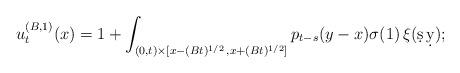
LaTeX: \begin{align*}u^{(B,1)}_t(x) = 1 + \int_{(0,t)\times [ x-(Bt)^{1/2}\,,x+(Bt)^{1/2}]}p_{t-s}(y-x)\sigma(1)\,\xi(\d s\,\d y);\end{align*}